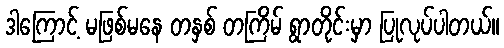
ဒါကြောင့် မဖြစ်မနေ တနှစ် တကြိမ် ရွာတိုင်းမှာ ပြုလုပ်ပါတယ်။